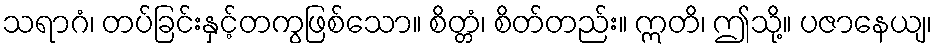
သရာဂံ၊ တပ်ခြင်းနှင့်တကွဖြစ်သော။ စိတ္တံ၊ စိတ်တည်း။ ဣတိ၊ ဤသို့။ ပဇာနေယျ၊